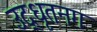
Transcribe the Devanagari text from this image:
उद्‌धृतनग